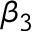
\beta _ { 3 }